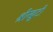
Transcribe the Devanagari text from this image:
श्रीखुटी